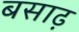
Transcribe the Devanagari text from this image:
बसाढ़